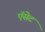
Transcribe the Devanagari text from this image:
ऍसेट